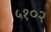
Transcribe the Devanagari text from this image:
५१०२